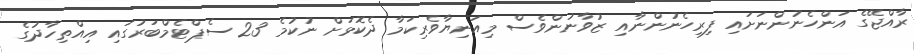
ރާއްޖޭގެ އަންހެނުންނަށައި ފިރިހެނުންނާއި ޒުވާނުންވެސް މިއަނިޔާވެރިކަމާ ދެކޮޅަށް ނުކުމެ 23 ސެޕްޓެމްބަރުގައި އިއްތިހާދުގެ